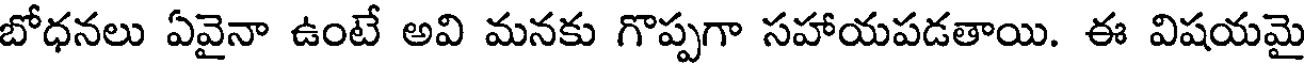
బోధనలు ఏవైనా ఉంటే అవి మనకు గొప్పగా సహాయపడతాయి. ఈ విషయమై